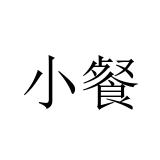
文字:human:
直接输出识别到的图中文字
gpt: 小餐